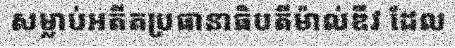
សម្លាប់អតីតប្រធានាធិបតីម៉ាល់ឌីវ ដែល